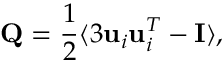
{ \mathbf Q } = \frac { 1 } { 2 } \langle 3 { \mathbf u _ { i } \mathbf u _ { i } ^ { T } } - { \mathbf I } \rangle ,